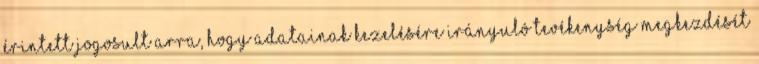
érintett jogosult arra, hogy adatainak kezelésére irányuló tevékenység megkezdését